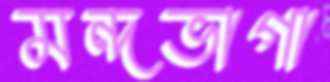
মন্দভাগা